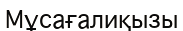
Мұсағалиқызы